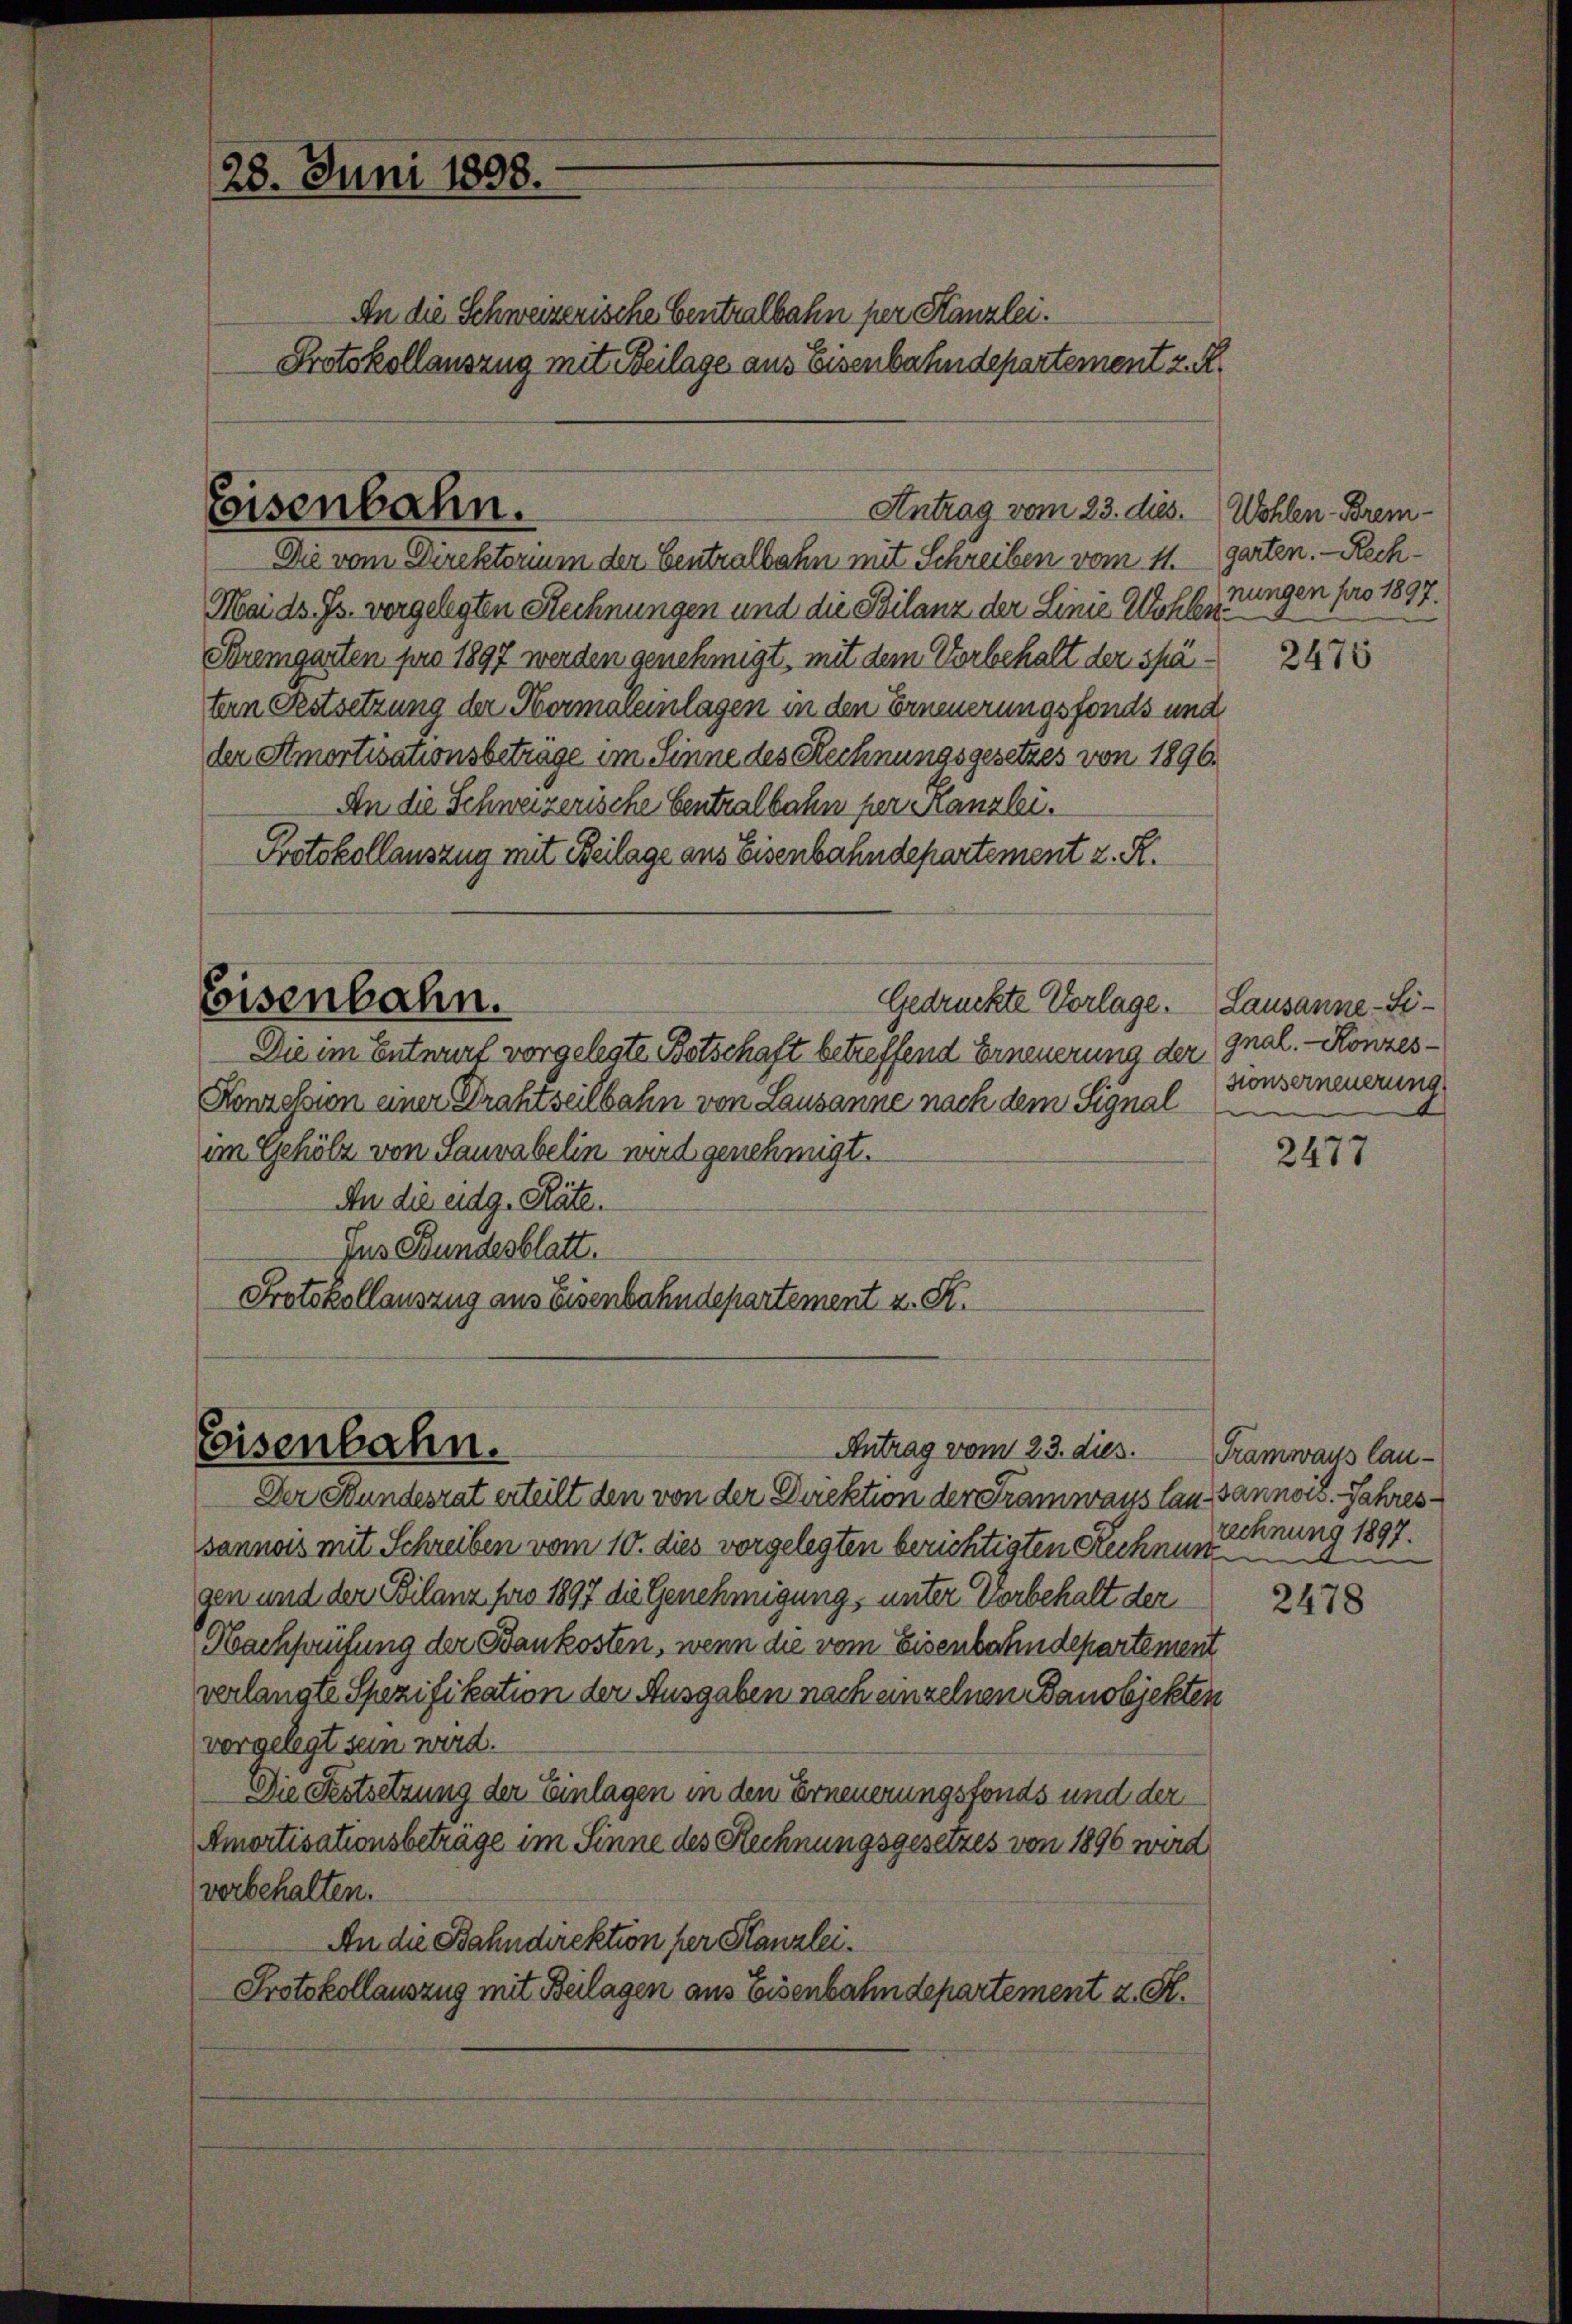
28. Juni 1898.

Antrag vom 23. dies.
Eisenbahn.

Eisenbahn.

An die Schweizerische Centralbahn per Kanzlei.
Protokollauszug mit Beilage aus Eisenbahndepartement z. R.

Die vom Direktorium der Centralbahn mit Schreiben vom 11. Garten. - Rech¬
Mai d. Js. vorgelegten Rechnungen und die Bilanz der Linie Wohlen¬
Bremgarten pro 1897 werden genehmigt, mit dem Vorbehalt der spätern Festsetzung der Hermaleinlagen in den Erneuerungsfonds und
der Amortisationsbeträge im Sinne des Rechnungsgesetzes von 1896.
An die Schweizerische Centralbahn per Kanzlei.
Protokollauszug mit Beilage aus Eisenbahndepartement z. R.
Eisenbahn.
Gedrückte Vorlage. Lausanne - Si¬
Die im Entwurf vorgelegte Botschaft betreffend Erneuerung der
Konzession einer Drahtseilbahn von Lausanne nach dem Signal
im Gehölz von Sauvabelin wird genehmigt.
An die eidg. Räte.
Jus Bundesblatt.
Protokollauszug aus Eisenbahndepartement z. R.

Antrag vom 23. dies.

Der Stundesrat erteilt den von der Direktion der Tramwaus lausannois. Jahressannois mit Schreiben vom 10. dies vorgelegten berichtigten Rechnung
gen und der Bilanz pro 1897 die Genehmigung, unter Vorbehalt der
Nachprüfung der Baukosten, wenn die vom Eisenbahndepartement
verlangte Spezifikation der Ausgaben nach einzelnen Banobjekten
vorgelegt sein wird.
Die Festsetzung der Einlagen in den Erneuerungsfonds und der
Amortisationsbeträge im Sinne des Rechnungsgesetzes von 1896 wird
verbehalten.
An die Bahndirektion per Kanzlei.
Protokollauszug mit Beilagen aus Eisenbahndepartement z. S.

Wohlen-Brem-
nungen pro 1897.

2475

gnal. - Konzessconserneuerung

2477

Tramwais laurechnung 1897.

2478